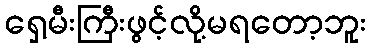
ရှေ့မီးကြီးဖွင့်လို့မရတော့ဘူး